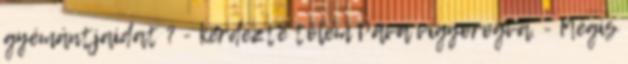
gyémántjaidat ? - kérdezte tőlem Páva vigyorogva. - Mégis